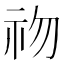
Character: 𥘨